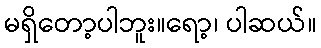
မရှိတော့ပါဘူး။ရော့၊ ပါဆယ်။